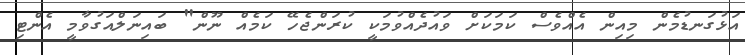
އަޅުގަނޑުމެން މިއިން އެއްވެސް ކަމަކަށް ވައުދެއްވުމަކީ ކުރަންޖެހޭ ކަމެއް ނޫން" ބައިނަލްއަގުވާމީ އެންޓި